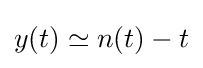
y(t)\simeq n(t)-t